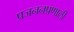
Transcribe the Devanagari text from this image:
प्रजननप्रणाली